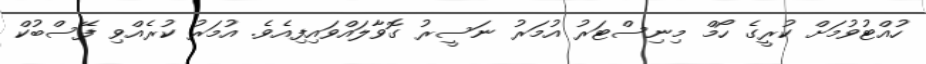
ހުއްޓުވުމަށް ކުރީގެ ހޯމް މިނިސްޓަރު އުމަރު ނަސީރު ގޮވާލައްވައިފިއެވެ. އުމަރު ކުރެއްވި ފޭސްބުކް